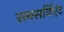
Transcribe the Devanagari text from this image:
सबसर्विएंट